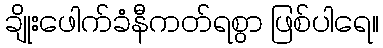
ချိုးဖေါက်ခံနီကတ်ရစွာ ဖြစ်ပါရေ။